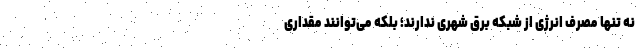
نه تنها مصرف انرژی از شبکه برق شهری ندارند؛ بلکه می‌توانند مقداری